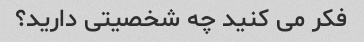
فکر می کنید چه شخصیتی دارید؟